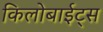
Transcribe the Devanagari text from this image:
किलोबाईट्स